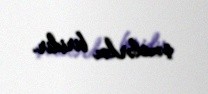
şəxslərdən biridir.